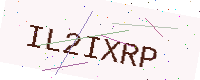
Text: IL2IXRP